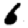
Digit: 6